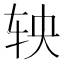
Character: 𬨄